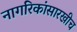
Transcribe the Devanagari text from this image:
नागरिकांसारखीच